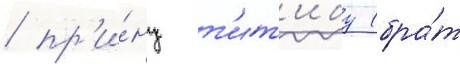
/ пр'и́нц т'ит'ибу (бра́т